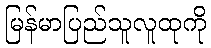
မြန်မာပြည်သူလူထုကို